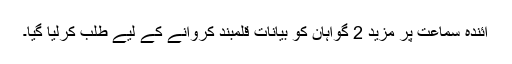
آئندہ سماعت پر مزید 2 گواہان کو بیانات قلمبند کروانے کے لیے طلب کرلیا گیا۔